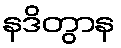
နဒိတွာန